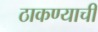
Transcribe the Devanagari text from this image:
ठाकण्याची